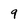
Character: 9